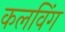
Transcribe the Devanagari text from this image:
कलविंग